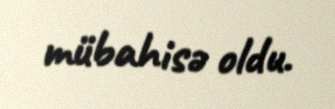
mübahisə oldu.